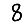
Digit: 8